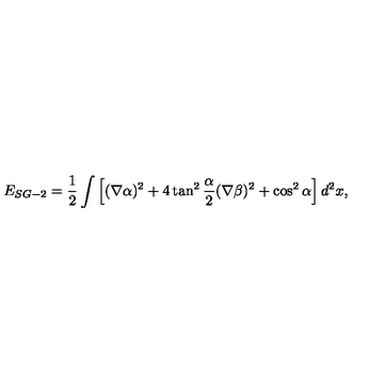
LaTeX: E _ { S G - 2 } = \frac 1 2 \int \left[ ( \nabla \alpha ) ^ { 2 } + 4 \tan ^ { 2 } \frac { \alpha } { 2 } ( \nabla \beta ) ^ { 2 } + \cos ^ { 2 } \alpha \right] d ^ { 2 } x ,